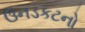
ઉનડકટનો